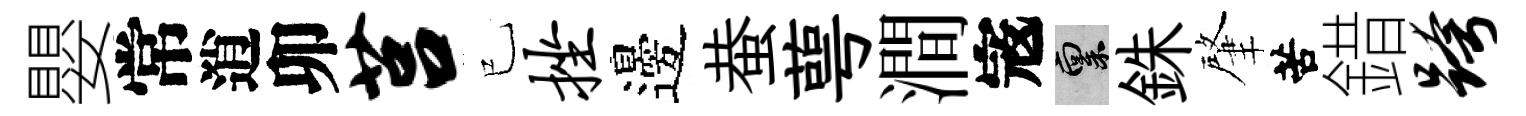
嬰常逍卯莒已挫邊蛬萼澗𡨥禀銖肇苦錯跨